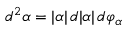
d ^ { 2 } \alpha = | \alpha | \, d | \alpha | \, d \varphi _ { \alpha }